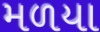
મળયા